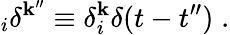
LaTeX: _{i}\delta^{\mathbf{k}^{\prime\prime}}\equiv\delta_{i}^{\mathbf{k}}\delta(t-t^{\prime\prime})\; .